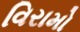
વિરામો